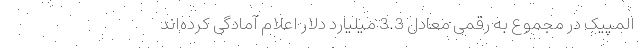
المپیک در مجموع به رقمی معادل 3.3 میلیارد دلار اعلام آمادگی کرده‌اند